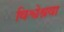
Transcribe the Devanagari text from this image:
विश्वेश्रवा